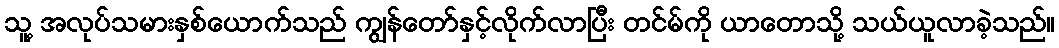
သူ့ အလုပ်သမားနှစ်ယောက်သည် ကျွန်တော်နှင့်လိုက်လာပြီး တင်မ်ကို ယာတောသို့ သယ်ယူလာခဲ့သည်။